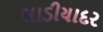
ભાડીયાદર